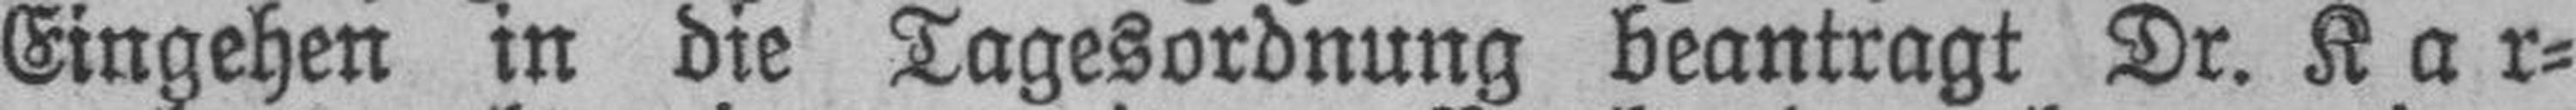
Eingehen in die Tagesordnung beantragt Dr. Kar¬